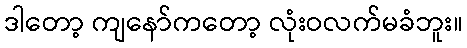
ဒါတော့ ကျနော်ကတော့ လုံးဝလက်မခံဘူး။